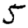
Digit: 5